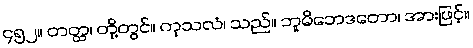
၄၅၂။ တတ္ထ၊ တို့တွင်။ ကုသလံ၊ သည်။ ဘူမိဘေဒတော၊ အားဖြင့်။